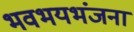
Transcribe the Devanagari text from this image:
भवभयभंजना